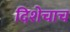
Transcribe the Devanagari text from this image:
दिशेचाच